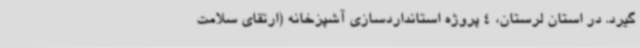
‌گیرد. در استان لرستان، 4 پروژه استانداردسازی آشپزخانه (ارتقای سلامت